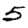
Digit: 5